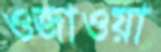
ওজাওয়া